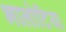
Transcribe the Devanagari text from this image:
भालोटिया